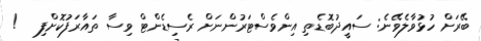
ބޭރަށް ހުޅުވާލެވޭނެ: ސައީދުބޮޑެތި އިންވެސްޓަރުންނަށް ރެސިޑެންޓް ވިސާ ތައާރަފުކޮށްފި   !